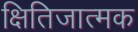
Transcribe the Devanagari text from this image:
क्षितिजात्मक